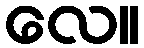
လေ။